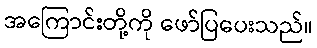
အကြောင်းတို့ကို ဖော်ပြပေးသည်။